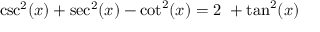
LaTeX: \csc ^ { 2 } ( x ) + \sec ^ { 2 } ( x ) - \cot ^ { 2 } ( x ) = 2 \ + \tan ^ { 2 } ( x )